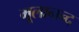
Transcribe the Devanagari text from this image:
मूलानन्द